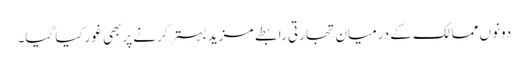
دونوں ممالک کے درمیان تجارتی رابطے مزید بہترکرنے پربھی غورکیا گیا۔